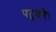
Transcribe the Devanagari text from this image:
पटुतरैः